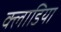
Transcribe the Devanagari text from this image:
क्लाडिया